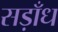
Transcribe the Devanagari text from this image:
सड़ाँध